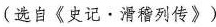
(选自《史记·滑稽列传》)